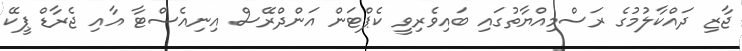
ޖާޒި ދައްކާލުމުގެ ރަސްމިއްޔާތުގައި ބައިވެރިވީ ކެޕްޓަން އަންދްރޭސް އިނިއެސްޓާ އާއި ޖެރާޑް ޕީކޭ